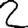
Digit: 2